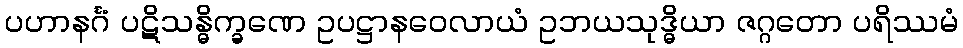
ပဟာနင်္ဂံ ပဋိသန္ဓိက္ခဏေ ဥပဋ္ဌာနဝေလာယံ ဥဘယသုဒ္ဓိယာ ဇဂ္ဂတော ပရိဿမံ